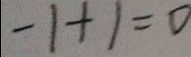
- 1 + 1 = 0